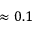
\approx 0 . 1